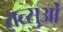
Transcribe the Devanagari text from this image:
तत्सुओं